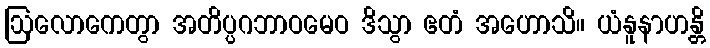
ဩလောကေတွာ အတိပ္ပဂဘာဝမေဝ ဒိသွာ ဧတံ အဟောသိ။ ယံနူနာဟန္တိ